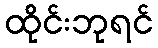
ထိုင်းဘုရင်